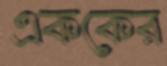
এককের